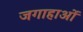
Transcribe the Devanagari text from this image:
जगाहाओं